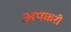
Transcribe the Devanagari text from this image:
अपकरी